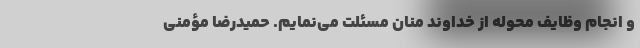
و انجام وظایف محوله از خداوند منان مسئلت می‌نمایم. حمیدرضا مؤمنی